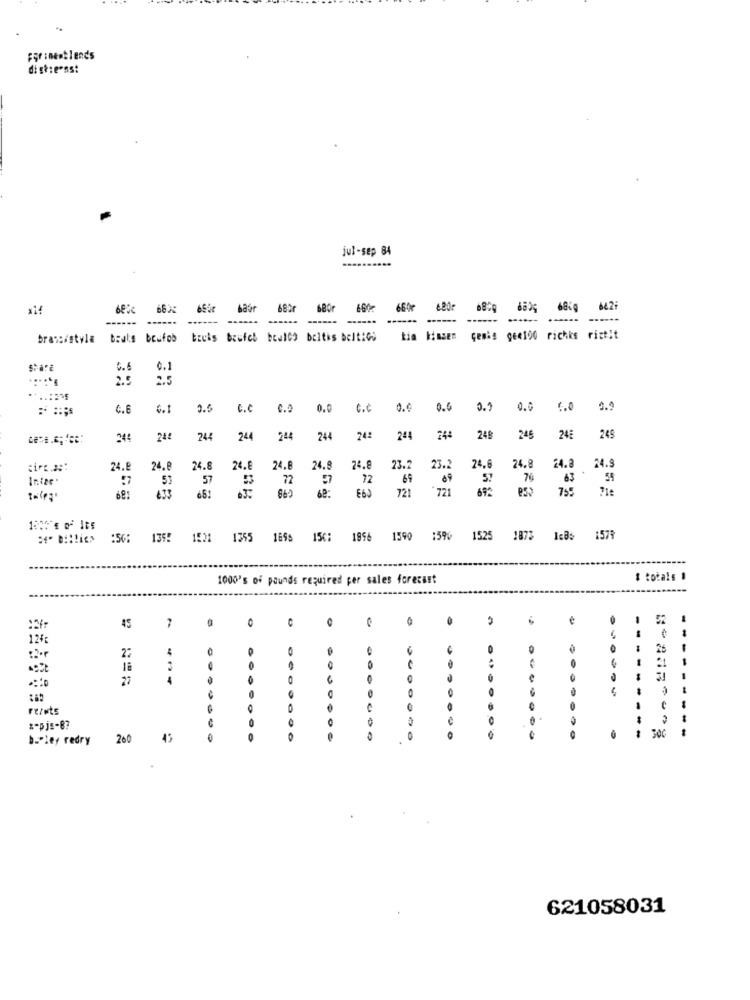
di stre-ns:
jul-sep 84
*14
68
682r
680r
642F
------
bran:/style
baule beufob
brufch boulGo baltis belt:GS
tia kimsen cemig gee100 richks riztit
0.1
C.E
6.1
0.5
C.C
C.9
0.0
C.C
0.0
0.6
0.0
6.0
244
244
244
244
244
24:
244
244
248
245
248
245
24.9
24.5
24.9
24.8
24.8
24.6
24.8
24.8
23.2
23.2
24.6
24.8
24.8
:7
53
57
72
72
69
57
76
63
59
69:
E60
721
721
69A
755
633
65!
:50: 1395 1538 1355 1896 156: 1896
1590 159% 1525 1875 IcB5 1579
1000's of pounds required per sales forecast
# totals .
45
0
e
2
12%
0
0
0
27
4
-
- -
18
0
27
4
6
8 -27F
0
re/øts
A
-
:- pjs-8?
ba ley redry
200
45
O
621058031